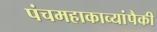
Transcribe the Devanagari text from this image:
पंचमहाकाव्यांपैकी